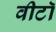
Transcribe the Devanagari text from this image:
वीटॉ